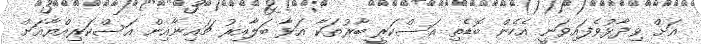
އަށް ވިދާޅުވެފައިވަނީ އެހެން ބޮޑެތި އަސްކަރީ ބާރުތަކާ އަޅާ ބަލާއިރު ޗައިނާއިން އަސްކަރިއްޔާއަށް